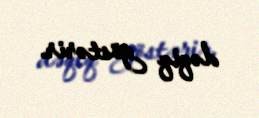
dəqiq göstərir.